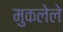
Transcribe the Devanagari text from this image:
मुकलेले